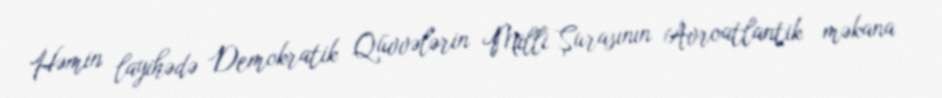
Həmin layihədə Demokratik Qüvvələrin Milli Şurasının Avroatlantik məkana